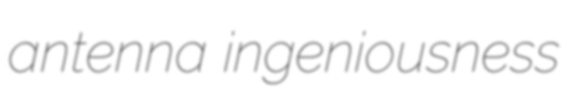
antenna ingeniousness